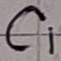
Text: C1